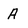
Character: A